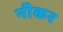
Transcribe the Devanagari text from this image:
नीकर